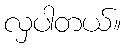
လှပါတယ်။